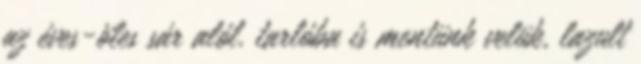
az éves-öles sár alól. tarlóba is mentünk velük, lazult